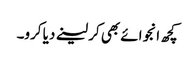
کچھ انجوائے بھی کر لینے دیا کرو۔